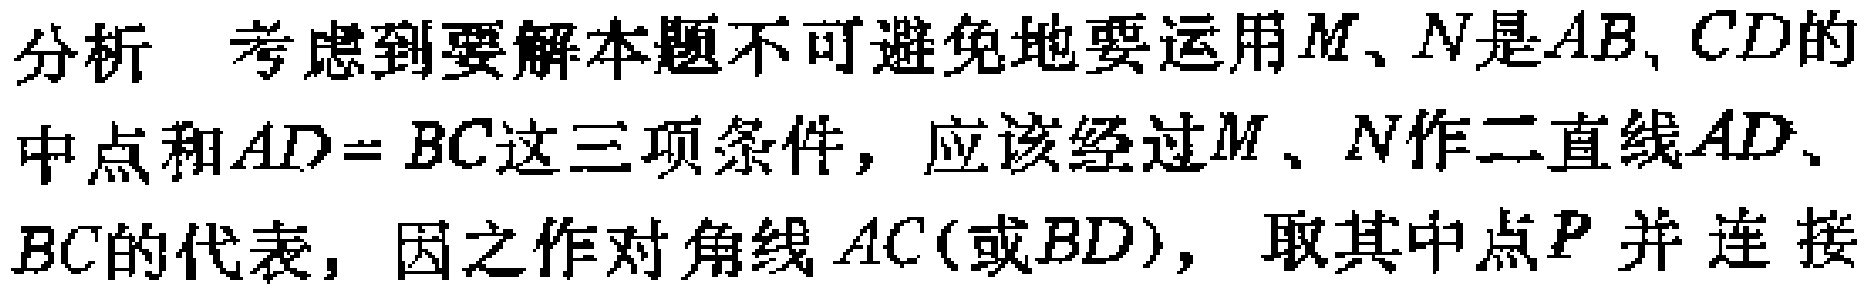
分析 考虑到要解本题不可避免地要运用\(M、N\)是\(AB、CD\)的中点和\(AD = BC\)这三项条件，应该经过\(M、N\)作二直线\(AD、BC\)的代表，因之作对角线\(AC\)(或\(BD\))，取其中点\(P\)并连接